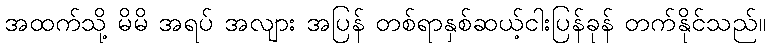
အထက်သို့ မိမိ အရပ် အလျား အပြန် တစ်ရာနှစ်ဆယ့်ငါးပြန်ခုန် တက်နိုင်သည်။